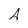
Character: A